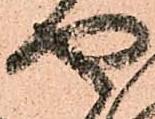
や